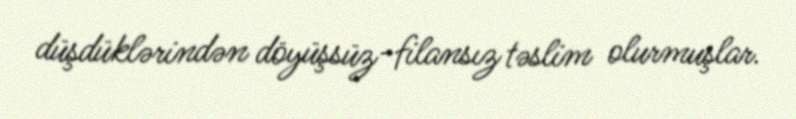
düşdüklərindən döyüşsüz-filansız təslim olurmuşlar.